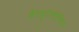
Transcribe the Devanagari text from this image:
डैस्यूरोटीनिया